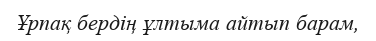
Ұрпақ бердің ұлтыма айтып барам,